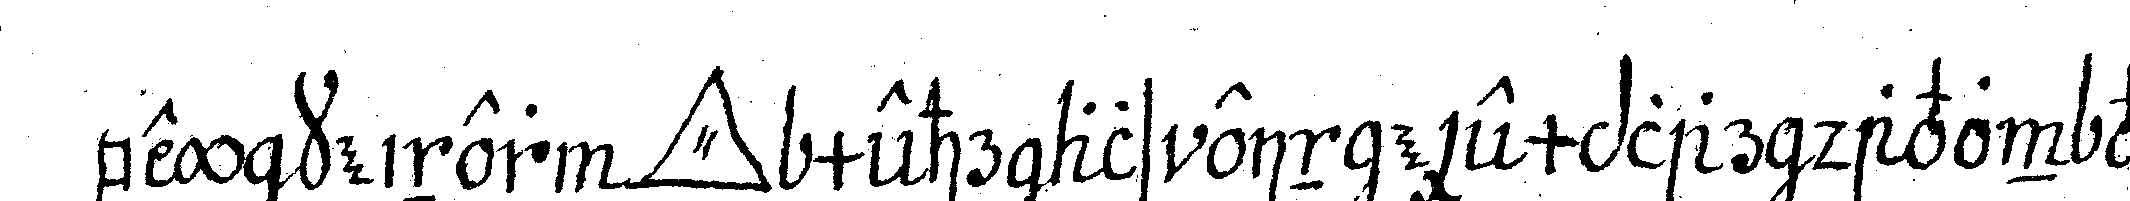
bey keiner *tri..* mehr als ein exemplar davon vor